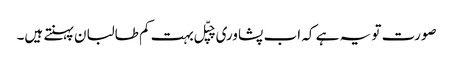
صورت تو یہ ہے کہ اب پشاوری چپّل بہت کم طالبان پہنتے ہیں۔